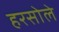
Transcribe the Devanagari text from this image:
हरसोले